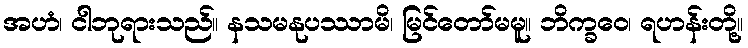
အဟံ၊ ငါဘုရားသည်။ နသမနုပဿာမိ၊ မြင်တော်မမူ။ ဘိက္ခဝေ၊ ရဟန်းတို့။